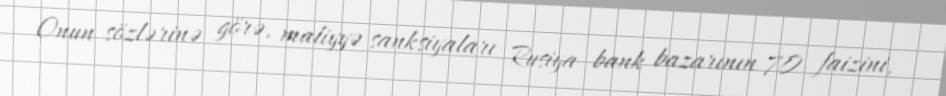
Onun sözlərinə görə, maliyyə sanksiyaları Rusiya bank bazarının 70 faizini,